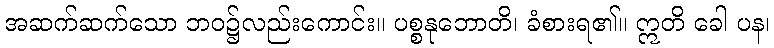
အဆက်ဆက်သော ဘဝ၌လည်းကောင်း။ ပစ္စနုဘောတိ၊ ခံစားရ၏။ ဣတိ ခေါ ပန၊